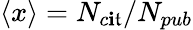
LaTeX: \left\langle{x}\right\rangle=N_{c\mathbf{i}\mathfrak{t}}/N_{pub}